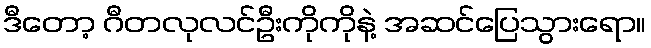
ဒီတော့ ဂီတလုလင်ဦးကိုကိုနဲ့ အဆင်ပြေသွားရော။